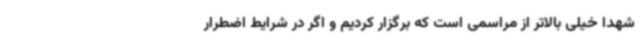
شهدا خیلی بالاتر از مراسمی است که برگزار کردیم و اگر در شرایط اضطرار